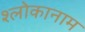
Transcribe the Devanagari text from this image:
श्लोकानाम